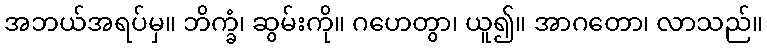
အဘယ်အရပ်မှ။ ဘိက္ခံ၊ ဆွမ်းကို။ ဂဟေတွာ၊ ယူ၍။ အာဂတော၊ လာသည်။